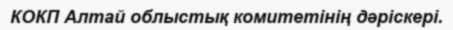
КОКП Алтай облыстық комитетінің дәріскері.